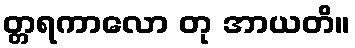
တ္တရကာလော တု အာယတိ။